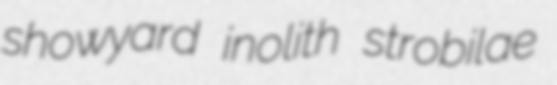
showyard inolith strobilae